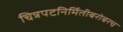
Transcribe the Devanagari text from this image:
चित्रपटनिर्मितीबरोबरच